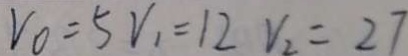
V _ { 0 } = 5 V _ { 1 } = 1 2 V _ { 2 } = 2 7